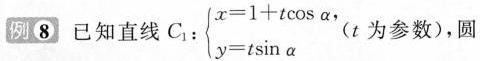
例8 已知直线$$C _ { 1 } : \begin { cases }